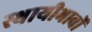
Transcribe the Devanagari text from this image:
स्थायीभावों